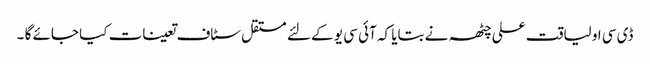
ڈی سی او لیاقت علی چٹھہ نے بتایا کہ آئی سی یو کے لئے مستقل سٹاف تعینات کیا جائے گا ۔